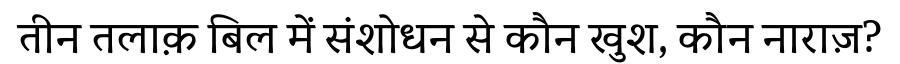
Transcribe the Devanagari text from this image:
तीन तलाक़ बिल में संशोधन से कौन खुश, कौन नाराज़?